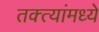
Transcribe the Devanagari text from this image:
तक्त्यांमध्ये